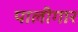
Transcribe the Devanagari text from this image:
पालीगार